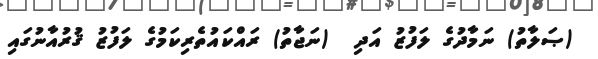
(ޞަލާތު) ނަމާދުގެ ލަފުޒު އަދި  (ނަޖާތު) ރައްކައުތެރިކަމުގެ ލަފުޒު ޤުރުއާނުގައި